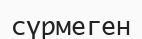
сүрмеген